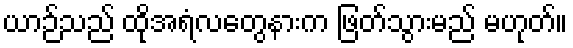
ယာဉ်သည် ထိုအရံလတွေနားက ဖြတ်သွားမည် မဟုတ်။